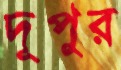
দূপুর